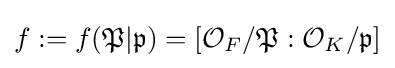
f:=f({\mathfrak {P}}|{\mathfrak {p}})=[{\mathcal {O}}_{F}/{\mathfrak {P}}:{\mathcal {O}}_{K}/{\mathfrak {p}}]